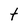
Character: t